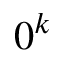
0 ^ { k }